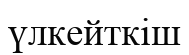
үлкейткіш